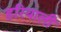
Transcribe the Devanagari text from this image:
हरियाली